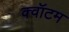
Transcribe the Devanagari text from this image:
क्‍वॉटम